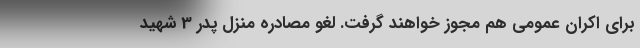
برای اکران عمومی هم مجوز خواهند گرفت. لغو مصادره منزل پدر 3 شهید